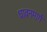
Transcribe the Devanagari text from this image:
धावनमार्ग